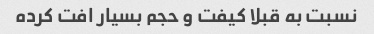
نسبت به قبلا کیفت و حجم بسیار افت کرده